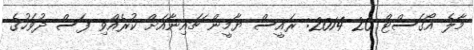
މާލެ އޯގަސްޓް 20 2014: ރައީސް ޔާމީން ޗައިނާއަށް ކުރެއްވި ފަސް ދުވަހުގެ